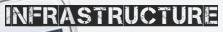
INFRASTRUCTURE